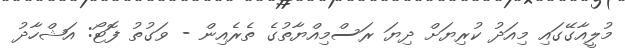
މުލީއާގޭގައި މިއަދު ކުރިޔަށް ދިޔަ ރަސްމިއްޔާތުގެ ތެރެއިން - ވަގުތު ފޮޓޯ: އަަޝްހާދު